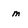
Character: m